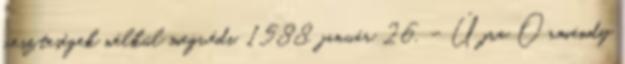
veszteségek nélkül megvédi. 1588. január 26. – Újra Ormándy